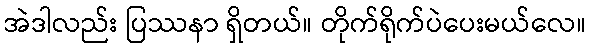
အဲဒါလည်း ပြဿနာ ရှိတယ်။ တိုက်ရိုက်ပဲပေးမယ်လေ။